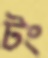
টং